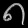
Digit: ၈